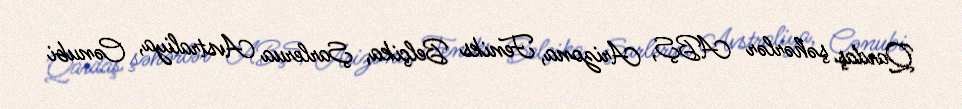
Qardaş şəhərlər ABŞ, Arizona, Feniks Belçika, Şarlerua Avstraliya, Cənubi